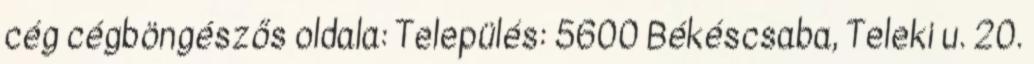
cég cégböngészős oldala: Település: 5600 Békéscsaba, Teleki u. 20.